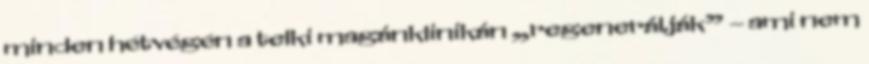
minden hétvégén a telki magánklinikán „regenerálják” – ami nem